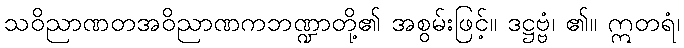
သဝိညာဏတအဝိညာဏကဘဏ္ဍာတို့၏ အစွမ်းဖြင့်။ ဒဋ္ဌဗ္ဗံ၊ ၏။ ဣတရံ၊